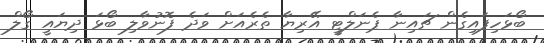
ބޯޅަހިފައިގެން ޗައިނާ ޕެނަލްޓީ އޭރިޔާ ތެރެއަށް ވަދެ ފޮނުވާލި ބޯޅަ ދިޔައީ ގޯލް